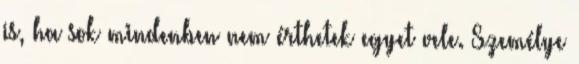
is, ha sok mindenben nem érthetek egyet vele. Személye